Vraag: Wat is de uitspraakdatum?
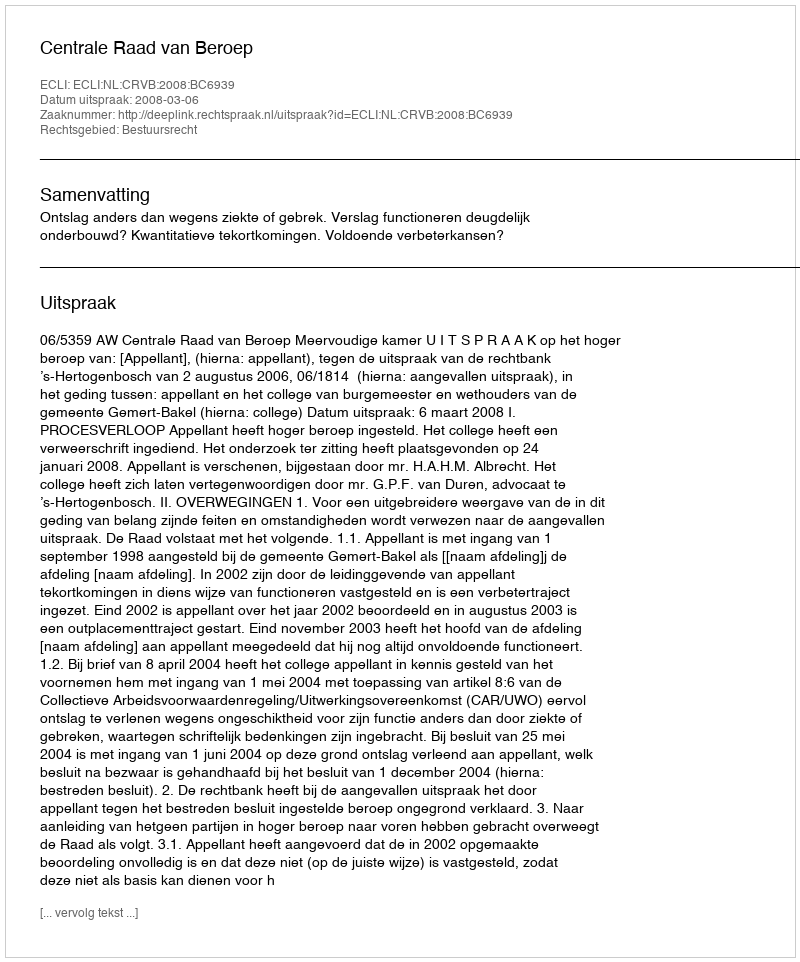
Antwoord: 2008-03-06